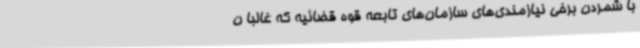
با شمردن برخی نیازمندی‌های سازمان‌های تابعه قوه قضائیه که غالبا ن